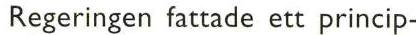
Regeringen fattade ett princip-